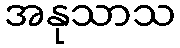
အနုသာသ